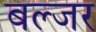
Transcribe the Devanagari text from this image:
बल्जर